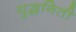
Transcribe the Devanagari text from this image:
युद्धनिती